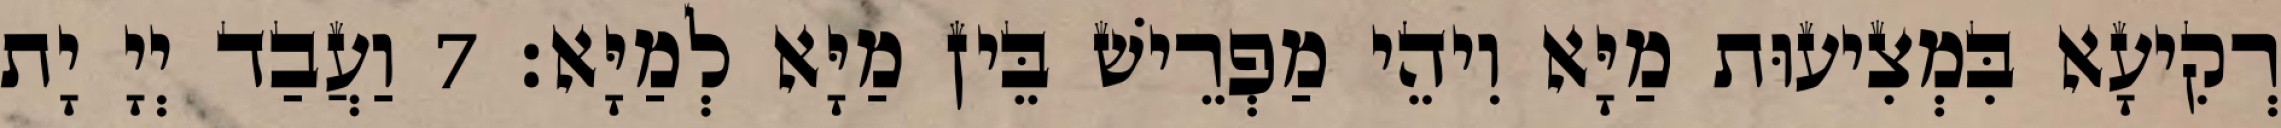
רְקִיעָא בִּמְצִיעוּת מַיָּא וִיהֵי מַפְרֵישׁ בֵּין מַיָּא לְמַיָּא׃ 7 וַעֲבַד יְיָ יָת